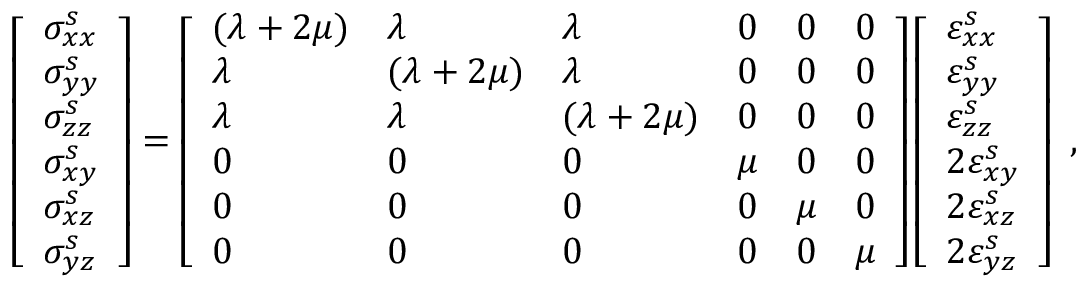
\begin{array} { r } { \left[ \begin{array} { l } { \sigma _ { x x } ^ { s } } \\ { \sigma _ { y y } ^ { s } } \\ { \sigma _ { z z } ^ { s } } \\ { \sigma _ { x y } ^ { s } } \\ { \sigma _ { x z } ^ { s } } \\ { \sigma _ { y z } ^ { s } } \end{array} \right] = \left[ \begin{array} { l l l l l l } { ( \lambda + 2 \mu ) } & { \lambda } & { \lambda } & { 0 } & { 0 } & { 0 } \\ { \lambda } & { ( \lambda + 2 \mu ) } & { \lambda } & { 0 } & { 0 } & { 0 } \\ { \lambda } & { \lambda } & { ( \lambda + 2 \mu ) } & { 0 } & { 0 } & { 0 } \\ { 0 } & { 0 } & { 0 } & { \mu } & { 0 } & { 0 } \\ { 0 } & { 0 } & { 0 } & { 0 } & { \mu } & { 0 } \\ { 0 } & { 0 } & { 0 } & { 0 } & { 0 } & { \mu } \end{array} \right] \left[ \begin{array} { l } { \varepsilon _ { x x } ^ { s } } \\ { \varepsilon _ { y y } ^ { s } } \\ { \varepsilon _ { z z } ^ { s } } \\ { 2 \varepsilon _ { x y } ^ { s } } \\ { 2 \varepsilon _ { x z } ^ { s } } \\ { 2 \varepsilon _ { y z } ^ { s } } \end{array} \right] } \end{array} ,